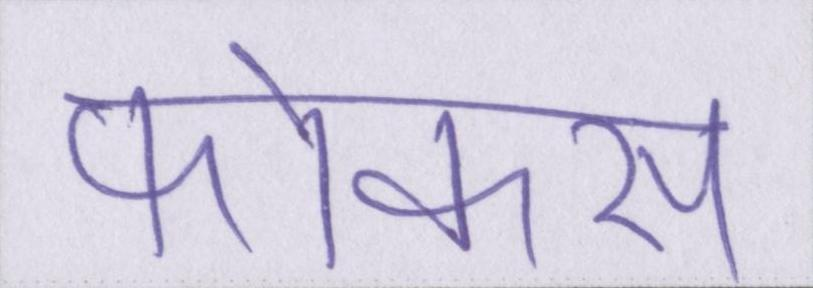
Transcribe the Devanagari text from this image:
फोकस